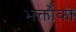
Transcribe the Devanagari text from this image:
भक्तोंका